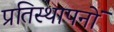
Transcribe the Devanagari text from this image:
प्रतिस्थापनों